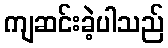
ကျဆင်းခဲ့ပါသည်